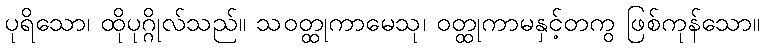
ပုရိသော၊ ထိုပုဂ္ဂိုလ်သည်။ သဝတ္ထုကာမေသု၊ ဝတ္ထုကာမနှင့်တကွ ဖြစ်ကုန်သော။